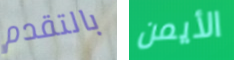
بالتقدم الأيمن